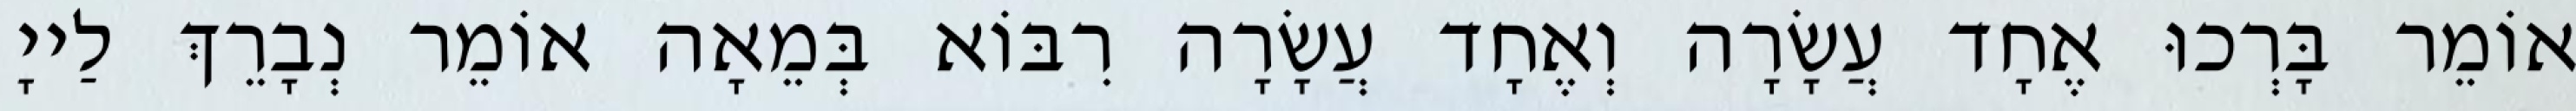
אוֹמֵר בָּרְכוּ אֶחָד עֲשָׂרָה וְאֶחָד עֲשָׂרָה רִבּוֹא בְּמֵאָה אוֹמֵר נְבָרֵךְ לַייָ